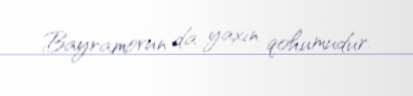
Bayramovun da yaxın qohumudur.